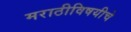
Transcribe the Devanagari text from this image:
मराठीविषयीचे